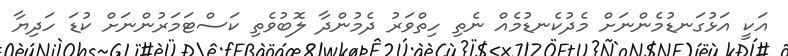
އަކީ އަޅުގަނޑުމެންނަށް މެދުކެނޑުމެއް ނެތި ހިތްވަރު ދެމުންދާ ލޮބުވެތި ކަސްޓަމަރުންނަށް ކުޑަ ހަދިޔާ